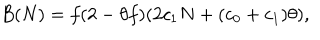
LaTeX: B ( N ) = f ( 2 - \theta f ) ( 2 c _ { 1 } N + ( c _ { 0 } + c _ { 1 } ) \theta ) ,